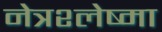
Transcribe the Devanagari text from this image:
नेत्रश्लेष्मा